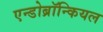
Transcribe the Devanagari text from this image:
एन्डोब्रॉन्कियल